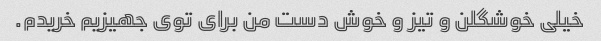
خیلی خوشگلن و تیز و خوش دست من برای توی جهیزیم خریدم.